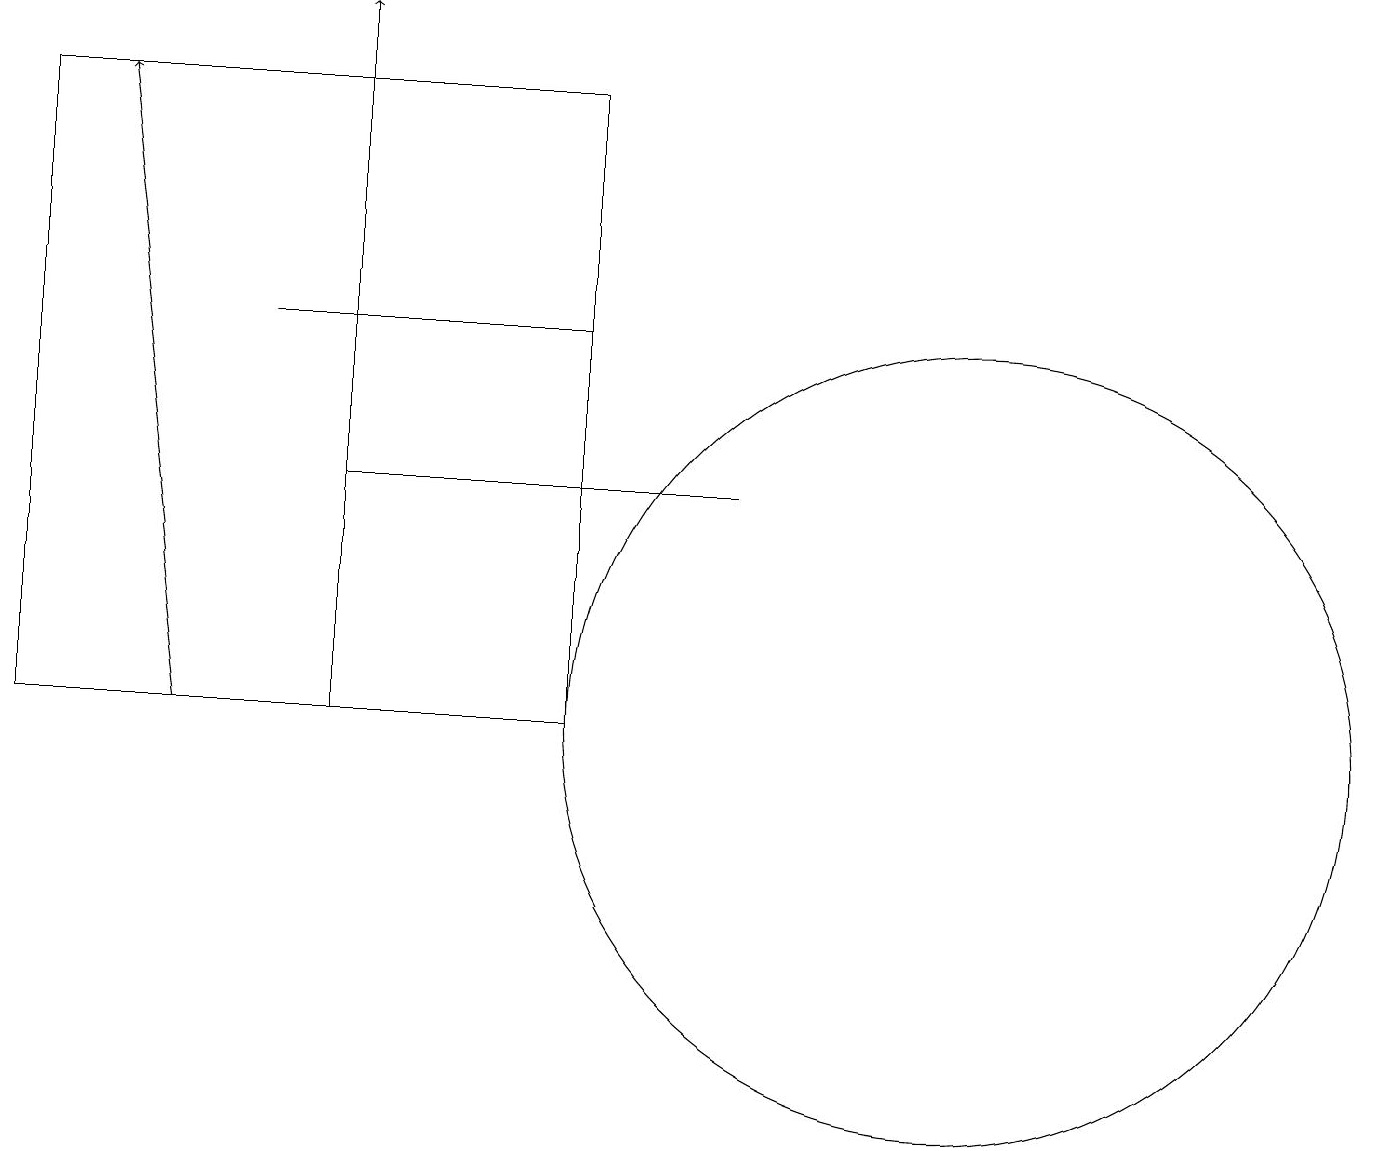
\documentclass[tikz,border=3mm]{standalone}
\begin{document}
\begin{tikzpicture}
\draw (7,18) rectangle (0,10);
\draw (12,10) circle (5);
\draw[->] (4,15) -- (4,19);
\draw (7,15) rectangle (3,15);
\draw (0,10) rectangle (4,18);
\draw[->] (2,10) -- (1,18);
\draw (4,13) rectangle (9,13);
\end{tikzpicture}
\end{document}